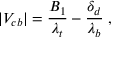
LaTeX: | V _ { c b } | = { \frac { B _ { 1 } } { \lambda _ { t } } } - { \frac { \delta _ { d } } { \lambda _ { b } } } \; ,